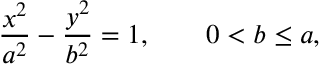
{ \frac { x ^ { 2 } } { a ^ { 2 } } } - { \frac { y ^ { 2 } } { b ^ { 2 } } } = 1 , \qquad 0 < b \leq a ,